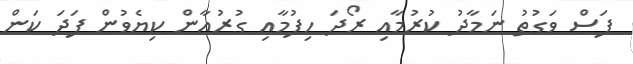
ފަސް ވަގުތު ނަމާދު ކުރުމާއި ރޯދަ ހިފުމާއި ގުރުއާން ކިޔެވުން ފަދަ ކަން